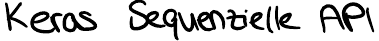
Keras Sequenzielle API